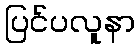
ပြင်ပလူနာ